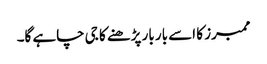
ممبرز کا اسے بار بار پڑھنے کا جی چاہے گا۔